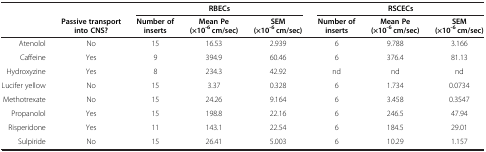
<table><thead><tr><td><b> </b></td><td><b> </b></td><td colspan="3"><b>RBECs</b></td><td colspan="3"><b>RSCECs</b></td></tr><tr><td><b> </b></td><td><b>Passive transport into CNS?</b></td><td><b>Number of inserts</b></td><td><b>Mean Pe (×10<sup>-6</sup> cm/sec)</b></td><td><b>SEM (×10<sup>-6</sup> cm/sec)</b></td><td><b>Number of inserts</b></td><td><b>Mean Pe (×10<sup>-6</sup> cm/sec)</b></td><td><b>SEM (×10<sup>-6</sup> cm/sec)</b></td></tr></thead><tbody><tr><td>Atenolol</td><td>No</td><td>15</td><td>16.53</td><td>2.939</td><td>6</td><td>9.788</td><td>3.166</td></tr><tr><td>Caffeine</td><td>Yes</td><td>9</td><td>394.9</td><td>60.46</td><td>6</td><td>376.4</td><td>81.13</td></tr><tr><td>Hydroxyzine</td><td>Yes</td><td>8</td><td>234.3</td><td>42.92</td><td>nd</td><td>nd</td><td>nd</td></tr><tr><td>Lucifer yellow</td><td>No</td><td>15</td><td>3.37</td><td>0.328</td><td>6</td><td>1.734</td><td>0.0734</td></tr><tr><td>Methotrexate</td><td>No</td><td>15</td><td>24.26</td><td>9.164</td><td>6</td><td>3.458</td><td>0.3547</td></tr><tr><td>Propanolol</td><td>Yes</td><td>15</td><td>198.8</td><td>22.16</td><td>6</td><td>246.5</td><td>47.94</td></tr><tr><td>Risperidone</td><td>Yes</td><td>11</td><td>143.1</td><td>22.54</td><td>6</td><td>184.5</td><td>29.01</td></tr><tr><td>Sulpiride</td><td>No</td><td>15</td><td>26.41</td><td>5.003</td><td>6</td><td>10.29</td><td>1.157</td></tr></tbody></table>